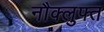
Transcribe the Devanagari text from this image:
नौक्लुफ्त